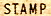
STAMP